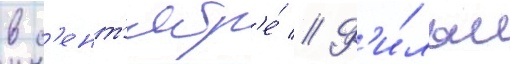
в с'ент'ябр'е́ // Ф'и́льм